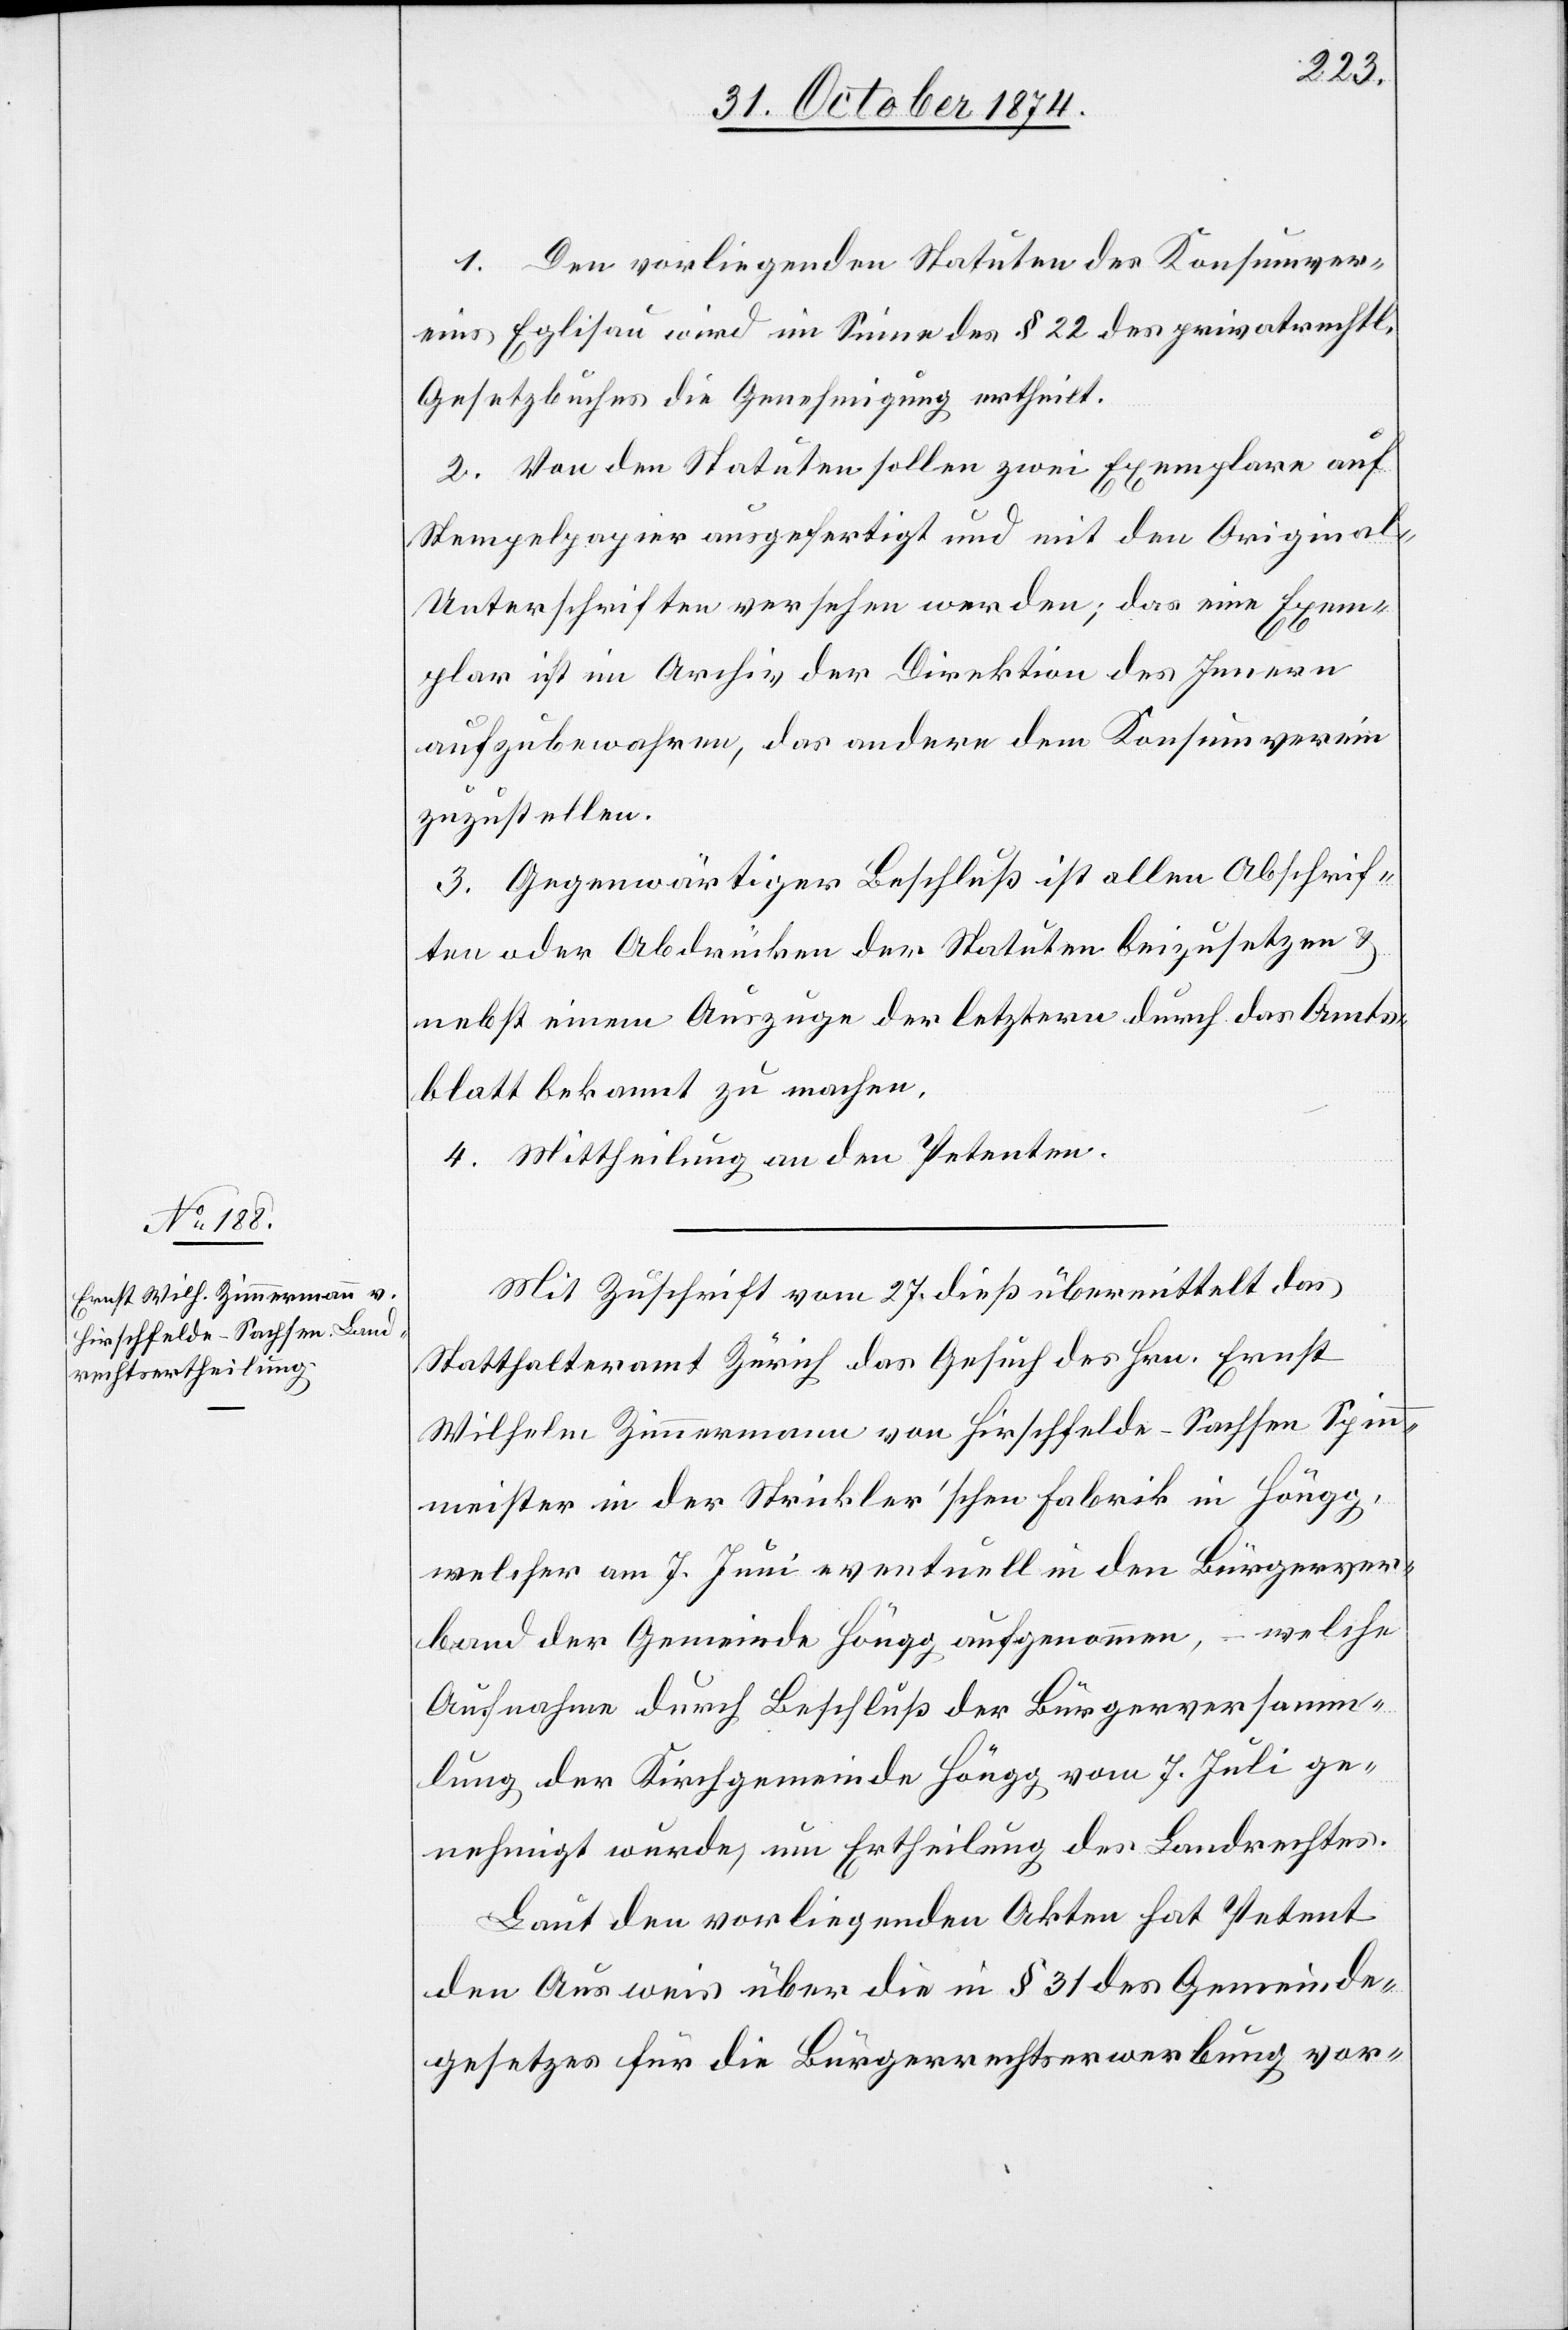
1. Den vorliegenden Statuten des Konsumver¬
eins Eglisau wird im Sinne des § 22 des privatrechtl.
Gesetzbuches die Genehmigung ertheilt.
2. Von den Statuten sollen zwei Exemplare auf
Stempelpapier ausgefertigt und mit den Original-U¬
nterschriften versehen werden; das eine Exem¬
plar ist im Archiv der Direktion des Innern
aufzubewahren, das andere dem Konsumverein
zuzustellen.
3. Gegenwärtiger Beschluß ist allen Abschrif¬
ten oder Abdrücken der Statuten beizusetzen &
nebst einem Auszuge der letzteren durch das Amts¬
blatt bekannt zu machen.
4. Mittheilung an den Petenten.
Mit Zuschrift vom 27. dieß übermittelt das
Statthalteramt Zürich das Gesuch des Hrn. Ernst
Wilhelm Zimmermann von Hirschfelde-Sachsen Spinn¬
meister in der Strickler’schen Fabrik in Höngg,
welcher am 7. Juni eventuell in den Bürgerver¬
band der Gemeinde Höngg aufgenommen, – welche
Aufnahme durch Beschluß der Bürgerversamm¬
lung der Kirchgemeinde Höngg vom 7. Juli ge¬
nehmigt wurde, um Ertheilung des Landrechtes.
Laut den vorliegenden Akten hat Petent
den Ausweis über die in § 31 des Gemeinde¬
gesetzes für die Bürgerrechtserwerbung vor-